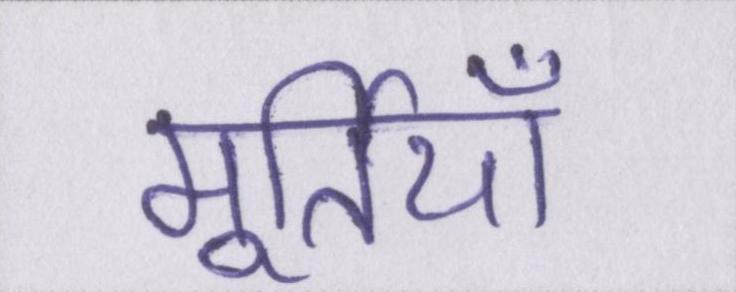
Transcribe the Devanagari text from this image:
मूर्तियाँ